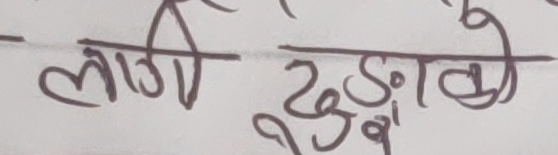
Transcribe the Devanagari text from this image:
लागी टुड्को